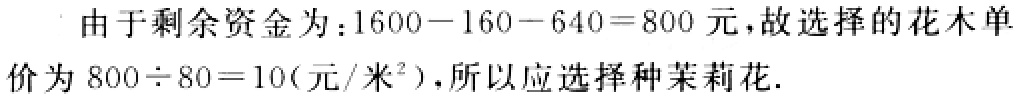
由于剩余资金为：\(1600 - 160 - 640 = 800\)元，故选择的花木单价为 \(800\div80 = 10(\text{元/米}^2)\)，所以应选择种茉莉花.